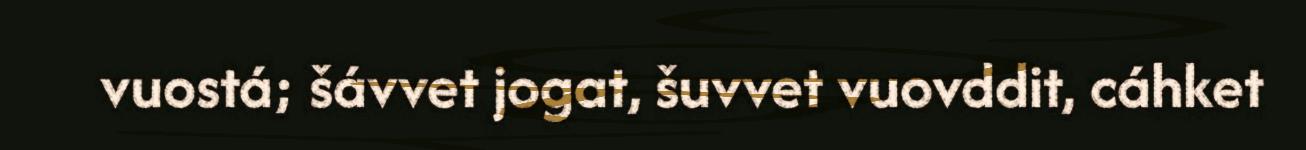
vuostá; šávvet jogat, šuvvet vuovddit, cáhket